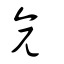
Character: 彥